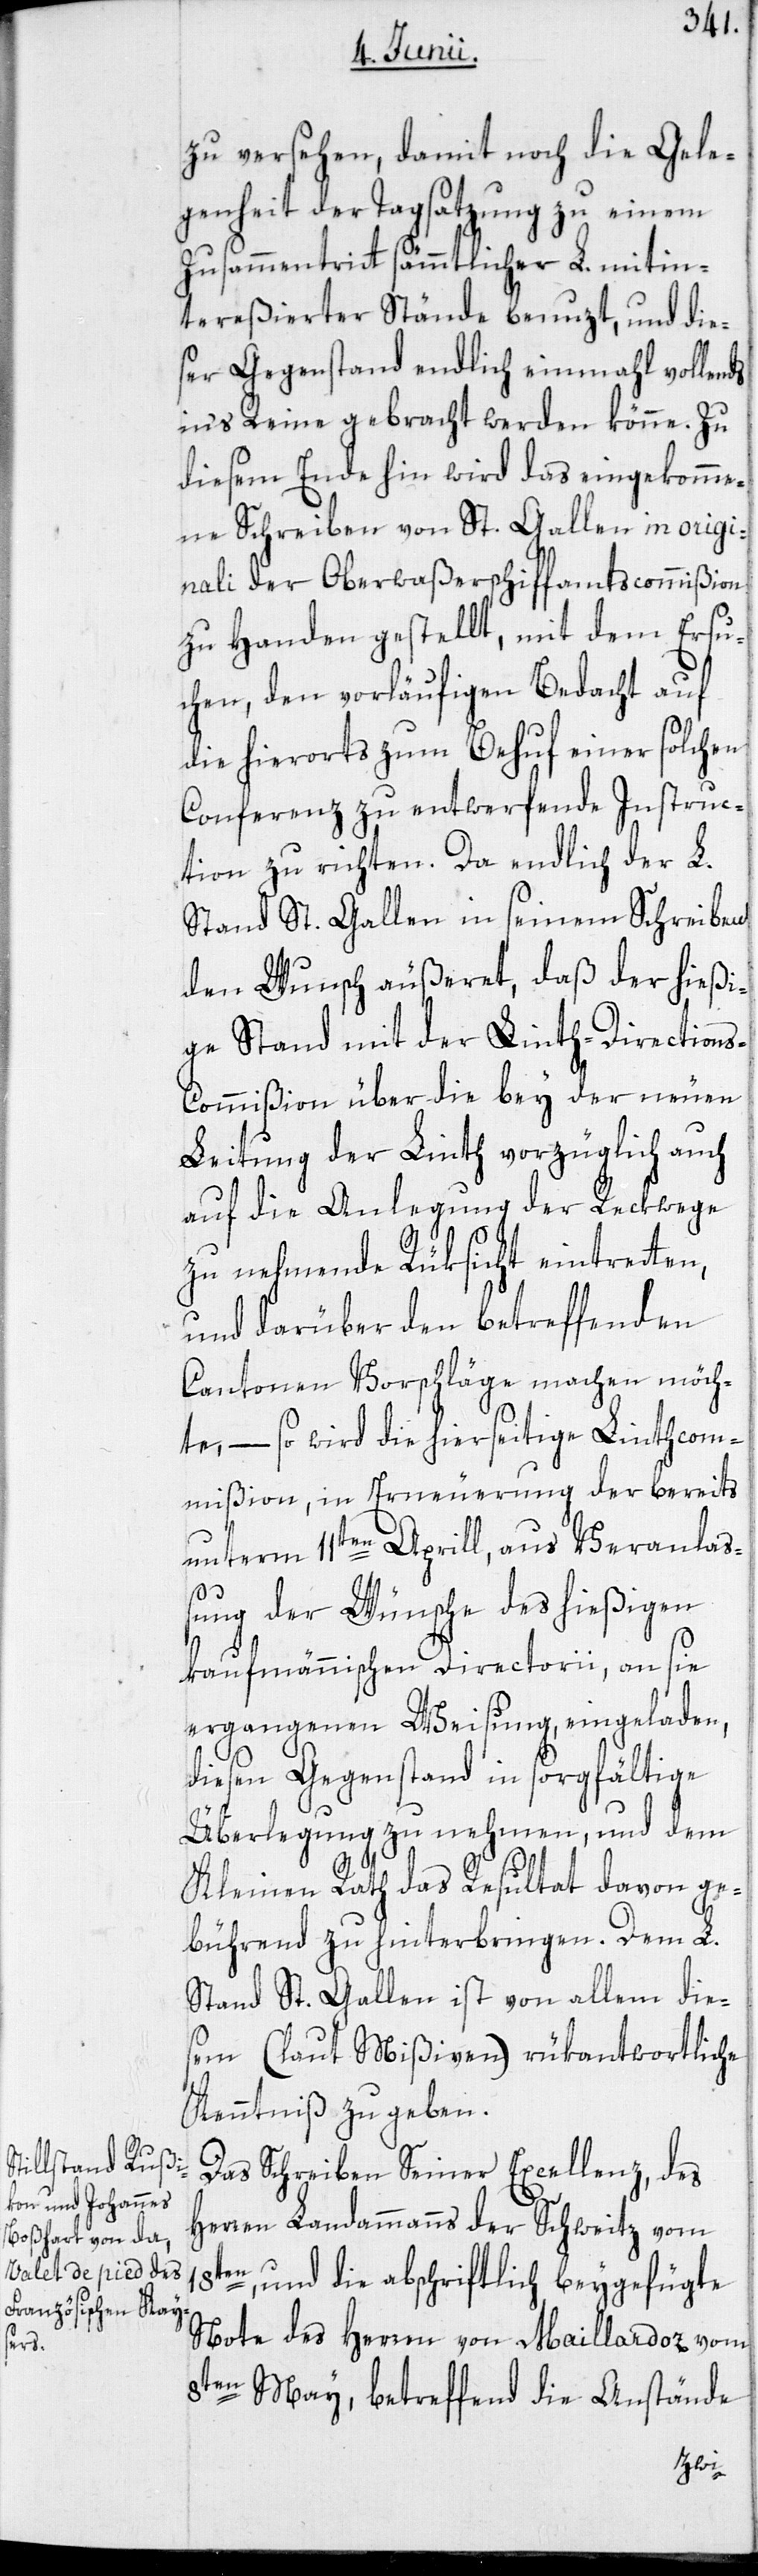
zu versehen, damit noch die Gele¬
genheit der Tagsatzung zu einem
Zusammentritt sämmtlicher L. mitin¬
tereßierter Stände benuzt, und dies¬
er Gegenstand endlich einmahl vollends
in’s Reine gebracht werden könne. Zu
diesem Ende hin wird das eingekomme¬
ne Schreiben von St. Gallen in origi¬
nali der Oberwaßerschiffamtscommißion
zu Handen gestellt, mit dem Ersu¬
chen, den vorläufigen Bedacht auf
die hierorts zum Behuf einer solchen
Conferenz zu entwerfende Instruc¬
tion zu richten. Da endlich der L.
Stand St. Gallen in seinem Schreiben
den Wunsch äußeret, daß der hießi¬
ge Stand mit der Linth-Direction¬
s-Commißion über die bey der neuen
Leitung der Linth vorzüglich auch
auf die Anlegung der Reckwege
zu nehmende Rüksicht eintretten,
und darüber den betreffenden
Cantonen Vorschläge machen möch¬
te, – so wird die hierseitige Linthcom¬
mißion, in Erneuerung der bereits
unterm 11ten Aprill, aus Veranlas¬
sung der Wünsche des hießigen
kaufmännischen Directorii, an sie
ergangenen Weisung, eingeladen,
diesen Gegenstand in sorgfältige
Überlegung zu nehmen, und dem
Kleinen Rath das Resultat davon ge¬
bührend zu hinterbringen. Dem L.
Stand St. Gallen ist von allem die¬
sem (laut Mißiven) rükantwortliche
Kenntniß zu geben.
Das Schreiben Seiner Excellenz, des
Herren Landammanns der Schweitz vom
en, und die abschriftlich beygefügte
Note des Herren von Maillardoz vom
8ten May, betreffend die Anstände
18t¬